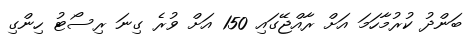
ބަންދު ކުރުމާހަމަ އަށް ރާއްޖޭގައި 150 އަށް ވުރެ ގިނަ ރިސޯޓު ހިންގި